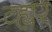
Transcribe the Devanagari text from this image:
व्ह्यर